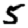
Digit: 5